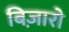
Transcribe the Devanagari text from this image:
बिज़ारो